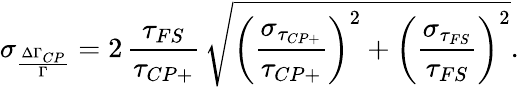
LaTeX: \sigma_{\frac{\Delta\Gamma_{CP}}{\Gamma}}=2\, {\frac{\tau_{FS}}{\tau_{CP+}}}\, \sqrt{\left({\frac{\sigma_{\tau_{CP+}}}{\tau_{CP+}}}\right)^{2}+\left({\frac{\sigma_{\tau_{FS}}}{\tau_{FS}}}\right)^{2}}.